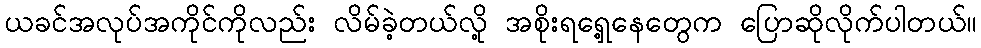
ယခင်အလုပ်အကိုင်ကိုလည်း လိမ်ခဲ့တယ်လို့ အစိုးရရှေ့နေတွေက ပြောဆိုလိုက်ပါတယ်။